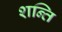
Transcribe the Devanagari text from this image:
शन्ति